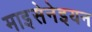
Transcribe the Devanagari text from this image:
माइसेनेइयन